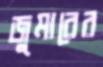
জুমারের